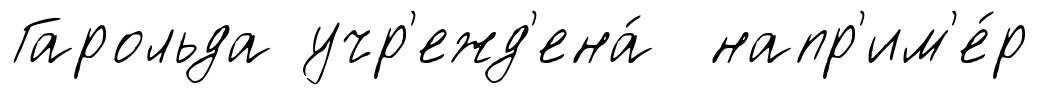
Гарольда учр'ежд'ена́ напр'им'е́р